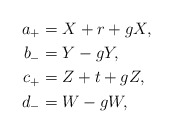
\begin{align*} a_+ &= X + r + gX,\\ b_- &= Y - gY,\\ c_+ &= Z + t + gZ,\\ d_- &= W - gW, \end{align*}